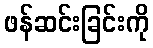
ဖန်ဆင်းခြင်းကို